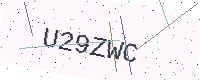
Text: U29ZWC